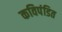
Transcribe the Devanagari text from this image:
कविपंडित